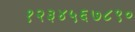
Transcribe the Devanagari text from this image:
१२३४५६७८९०